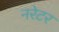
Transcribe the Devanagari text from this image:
नरेटर